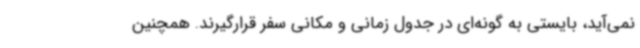
نمی‌آید، بایستی به گونه‌ای در جدول زمانی و مکانی سفر قرارگیرند. همچنین